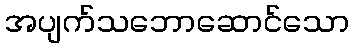
အပျက်သဘောဆောင်သော